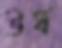
উর্ধ